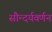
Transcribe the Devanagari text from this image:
सौन्दर्यवर्णन